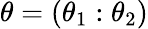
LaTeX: \mathbf{\theta}=\left(\mathbf{\theta}_{1}:\mathbf{\theta}_{2}\right)